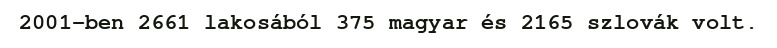
2001-ben 2661 lakosából 375 magyar és 2165 szlovák volt.